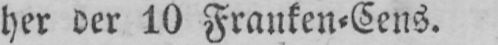
her der 10 Franken⸗Cens.